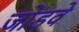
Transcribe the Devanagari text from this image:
जोडवे